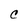
Character: C